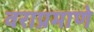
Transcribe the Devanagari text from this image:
वराप्रमाणे